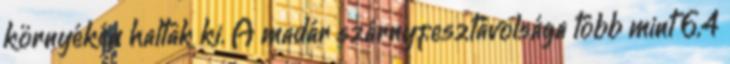
környékén haltak ki. A madár szárnyfesztávolsága több mint 6,4